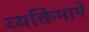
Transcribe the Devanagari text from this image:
व्यक्तिमामे